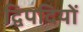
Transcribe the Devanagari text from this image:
द्विपदियों